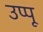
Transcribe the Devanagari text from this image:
उप्पू